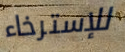
للإسترخاء